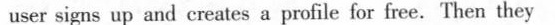
user signs up and creates a profile for free. Then they